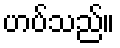
ဟပ်သည်။